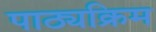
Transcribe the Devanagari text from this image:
पाठ्यक्रिम